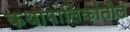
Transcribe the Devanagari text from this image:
कथामालिकांतील